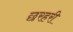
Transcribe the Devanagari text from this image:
छरहरी